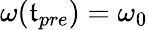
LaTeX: \omega(\mathfrak{t}_{pre})=\omega_{0}